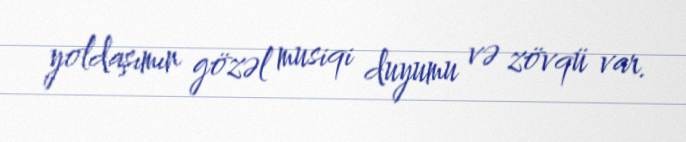
yoldaşımın gözəl musiqi duyumu və zövqü var.